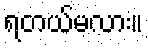
ရတယ်မလား။